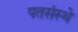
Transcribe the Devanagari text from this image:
पतसंस्थे